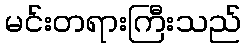
မင်းတရားကြီးသည်